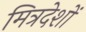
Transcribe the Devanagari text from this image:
मित्रदेशों